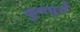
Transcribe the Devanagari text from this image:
कुनघुसँ